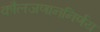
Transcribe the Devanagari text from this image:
कौलजणाननिर्णय